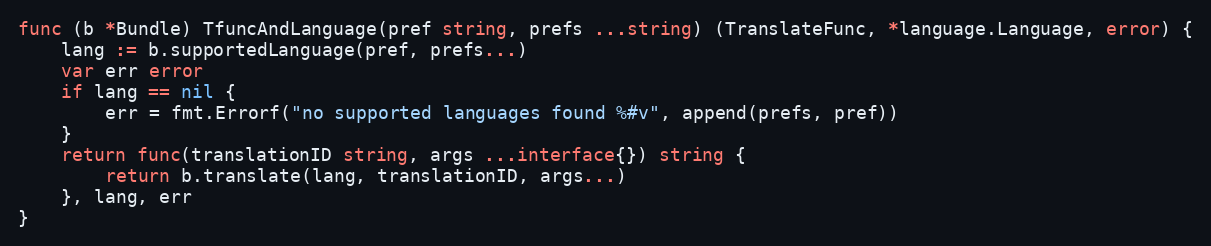
Language: Go
func (b *Bundle) TfuncAndLanguage(pref string, prefs ...string) (TranslateFunc, *language.Language, error) {
	lang := b.supportedLanguage(pref, prefs...)
	var err error
	if lang == nil {
		err = fmt.Errorf("no supported languages found %#v", append(prefs, pref))
	}
	return func(translationID string, args ...interface{}) string {
		return b.translate(lang, translationID, args...)
	}, lang, err
}